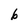
Character: 6